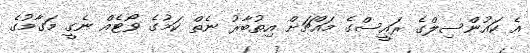
އެ ކައުންސިލްގެ ރައީސްގެ މައްޗަށް އިތުބާރު ނެތް ކަމުގެ ވޯޓެއް ނެގީ މަގާމުގެ